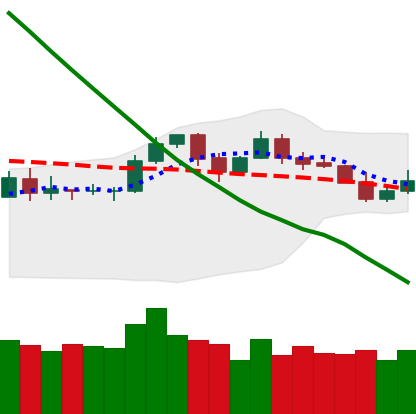
Ticker: LTC-USD
Chart end date: 2019-11-17
Forward return: -20.072%
Label: down_7plus